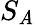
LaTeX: S_{\mathit{A}}